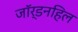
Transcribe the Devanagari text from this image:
जॉर्डनहिल